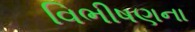
વિભીષણના